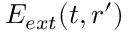
E _ { e x t } ( t , \boldsymbol { r } ^ { \prime } )